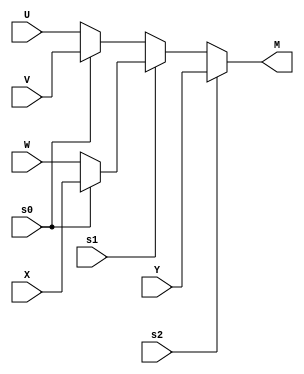
// modiule declaration
// input delclaration
// output declaration
// internal signal
// conbination logic

module ex1_b (s2,s1,s0,U,V,W,X,Y,M);
parameter DATA_WIDTH = 3;
input s2,s1,s0;
input  [DATA_WIDTH-1:0] U;
input  [DATA_WIDTH-1:0] V;
input  [DATA_WIDTH-1:0] W;
input  [DATA_WIDTH-1:0] X;
input  [DATA_WIDTH-1:0] Y;
output [DATA_WIDTH-1:0] M;


wire [DATA_WIDTH-1:0] A;
wire [DATA_WIDTH-1:0] B;
wire [DATA_WIDTH-1:0] C;

assign A = (s0 == 0) ? U : V;
assign B = (s0 == 0) ? W : X;
assign C = (s1 == 0) ? A : B;
assign M = (s2 == 0) ? C : Y;

endmodule